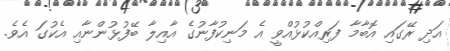
އަދި ރޭގައި އޮބާމާ ފަރިއްކުޅުއްވީ އެ މަނިކުފާނުގެ އާއިލާ ބޭފުޅުންނާއި އެކުގަ އެވެ.